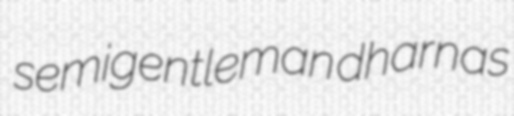
semigentleman dharnas